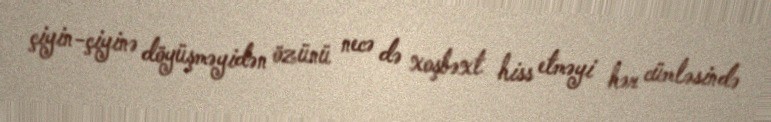
çiyin-çiyinə döyüşməyidən özünü necə də xoşbəxt hiss etməyi hər cümləsində